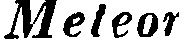
Meteor